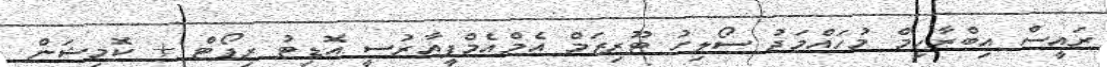
ރައީސް އިބްރާހިމް މުހައްމަދު ސޯލިހު ޓޫރިޒަމް އެމްއެމްޕީއާރުސީ އޮޑިޓު ރިޕޯޓް + ކޮމިޝަން